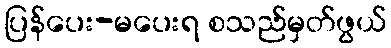
ပြန်ပေး-မပေးရ စသည်မှတ်ဖွယ်